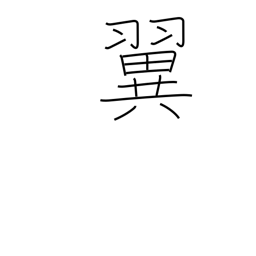
Meaning: wing